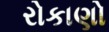
રોકાણો